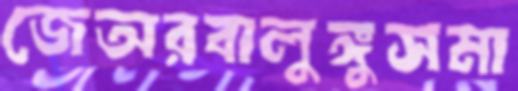
জেঅরবালুঙ্গুসমা